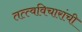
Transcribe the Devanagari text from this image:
तत्त्वविचारांची